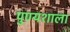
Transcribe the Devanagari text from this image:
पुण्यशाला